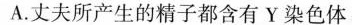
A.丈夫所产生的精子都含有Y染色体